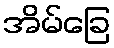
အိမ်ခြေ